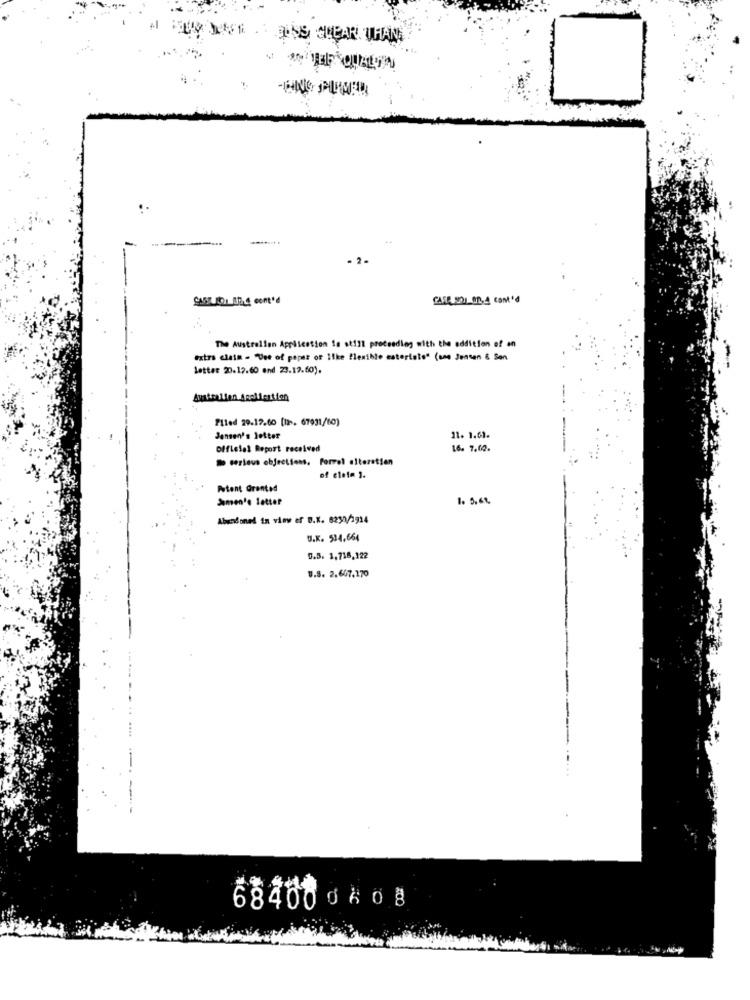
EV XVI . ENS CHEAR THAN
..
- 2-
SA5 01 At. cont'd
CASA 921 00.4 cont'd
The Australian Aprilestion is still proceeding with the addition of an
extra claim = "Vee of paper of Ilke flexible esteriste" (ane Jensen & Sen
letter 20.12.60 and 23.17.60).
Filed 29.12.60 [1. 67931/10)
Jensen's letter
11. 1.61.
Official Report received
16. 7.14.
Do serieus objections. Forral alteratien
of claim 3.
Patent Granted
Samen'e letter
1. 5.61.
Abandoned in view er B.K. 8250/1914
U.K. 534.664
0.5. 1,718,122
U.S. 2.667,170
684000608